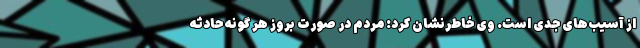
از آسیب‌های جدی است. وی خاطرنشان کرد: مردم در صورت بروز هر گونه حادثه